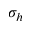
\sigma _ { h }